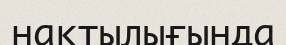
нақтылығында